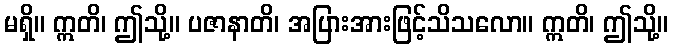
မရှိ။ ဣတိ၊ ဤသို့။ ပဇာနာတိ၊ အပြားအားဖြင့်သိသလော။ ဣတိ၊ ဤသို့။